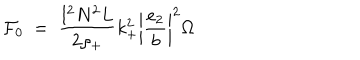
{ \cal { F } } _ { 0 } ~ = ~ \frac { l ^ { 2 } N ^ { 2 } L } { 2 \rho _ { + } } k _ { + } ^ { 2 } \left| \frac { e _ { 2 } } { b } \right| ^ { 2 } \Omega